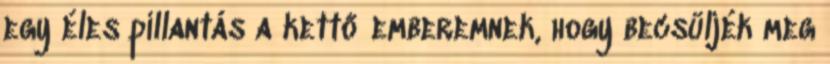
egy éles pillantás a kettő emberemnek, hogy becsüljék meg